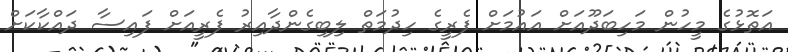
އަތޮޅުގެ މީހުން މަހިބަދޫއަށް އައުމަށް ފެރީގެ ހިދުމަތް ލިބިގެންދާއިރު ފެރީއަށް ފައިސާ ދައްކާކަށް